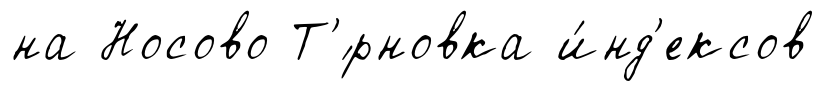
на Носово Т'́рновка и́нд'ексов